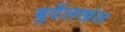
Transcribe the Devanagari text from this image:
बुदेंलखंड